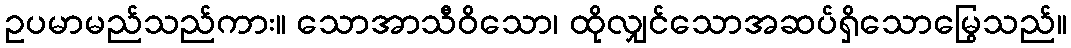
ဥပမာမည်သည်ကား။ သောအာသီဝိသော၊ ထိုလျှင်သောအဆပ်ရှိသောမြွေသည်။